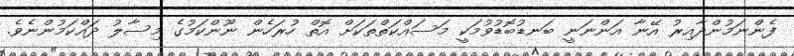
ފެންނަމުންދާއިރު އޭނާ އަންނަނީ ބަނޑުބޮޑުވުމަކީ މަސައްކަތްތަކަށް އޮތް ހުރަހެން ނޫންކަމުގެ މިސާލު ދައްކަމުންނެވެ.